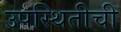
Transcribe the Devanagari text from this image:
उपस्थितीची